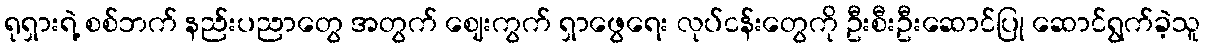
ရုရှားရဲ့ စစ်ဘက် နည်းပညာတွေ အတွက် ဈေးကွက် ရှာဖွေရေး လုပ်ငန်းတွေကို ဦးစီးဦးဆောင်ပြု ဆောင်ရွက်ခဲ့သူ